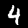
Label: 4